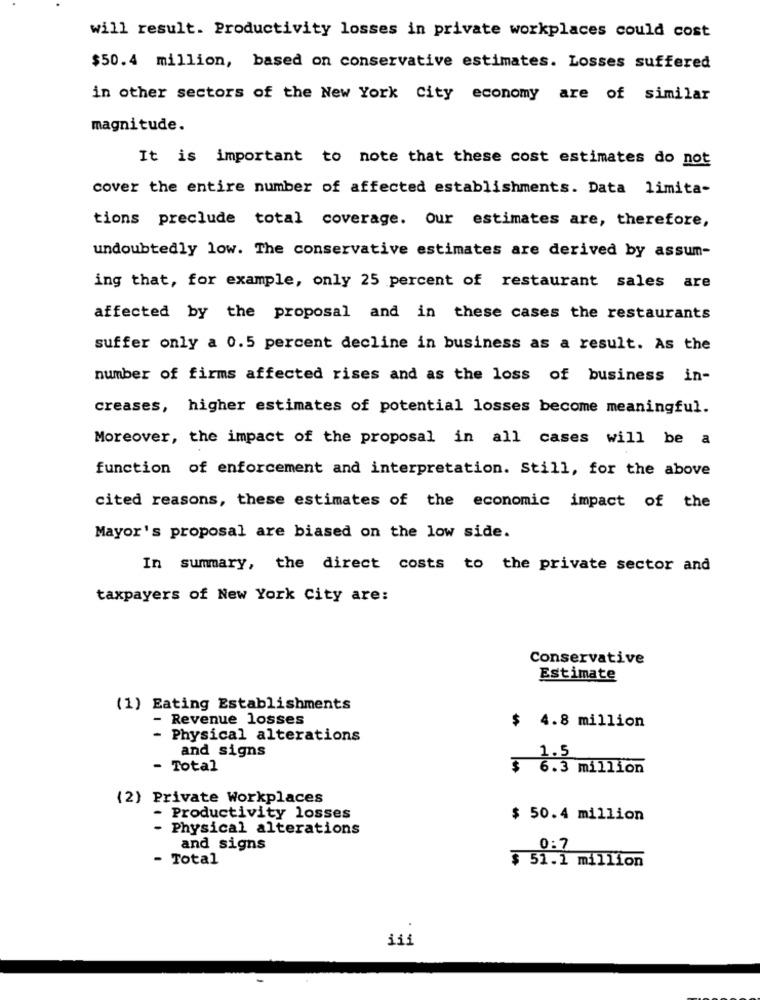
will result. Productivity losses in private workplaces could cost
$50.4 million, based on conservative estimates. Losses suffered
in other sectors of the New York City economy are of similar
magnitude.
It is important to note that these cost estimates do not
cover the entire number of affected establishments. Data limita-
tions preclude total coverage. Our estimates are, therefore,
undoubtedly low. The conservative estimates are derived by assum-
ing that, for example, only 25 percent of restaurant sales are
affected by the proposal and in these cases the restaurants
suffer only a 0.5 percent decline in business as a result. As the
number of firms affected rises and as the loss of business in-
creases, higher estimates of potential losses become meaningful.
Moreover, the impact of the proposal in all cases will be a
function of enforcement and interpretation. Still, for the above
cited reasons, these estimates of the economic impact of the
Mayor's proposal are biased on the low side.
In summary, the direct costs to the private sector and
taxpayers of New York City are:
Conservative
Estimate
(1) Eating Establishments
- Revenue losses
$ 4.8 million
Physical alterations
and signs
1.5
- Total
$ 6.3 million
(2) Private Workplaces
- Productivity losses
$ 50.4 million
- Physical alterations
and signs
0:7
- Total
$ 51.1 million
111